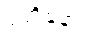
ဝတ္တိနော